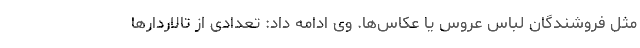
مثل فروشندگان لباس عروس یا عکاس‌ها. وی ادامه داد: تعدادی از تالاردارها